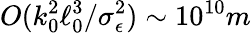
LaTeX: O(k_{0}^{2}\ell_{0}^{3}/\sigma_{\epsilon}^{2})\sim 10^{10}m